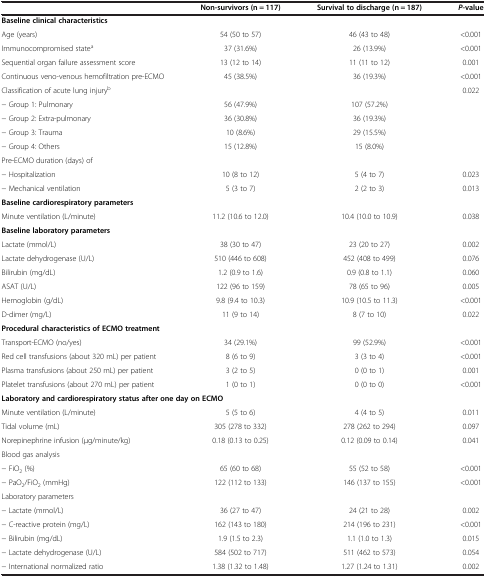
<table><thead><tr><td><b> </b></td><td><b>Non-survivors (n = 117)</b></td><td><b>Survival to discharge (n = 187)</b></td><td><b><i>P</i>-value</b></td></tr></thead><tbody><tr><td><b>Baseline clinical characteristics</b></td><td> </td><td> </td><td> </td></tr><tr><td>Age (years)</td><td>54 (50 to 57)</td><td>46 (43 to 48)</td><td>&lt;0.001</td></tr><tr><td>Immunocompromised state<sup>a</sup></td><td>37 (31.6%)</td><td>26 (13.9%)</td><td>&lt;0.001</td></tr><tr><td>Sequential organ failure assessment score</td><td>13 (12 to 14)</td><td>11 (11 to 12)</td><td>0.001</td></tr><tr><td>Continuous veno-venous hemofiltration pre-ECMO</td><td>45 (38.5%)</td><td>36 (19.3%)</td><td>&lt;0.001</td></tr><tr><td>Classification of acute lung injury<sup>b</sup></td><td> </td><td> </td><td>0.022</td></tr><tr><td>- Group 1: Pulmonary</td><td>56 (47.9%)</td><td>107 (57.2%)</td><td> </td></tr><tr><td>- Group 2: Extra-pulmonary</td><td>36 (30.8%)</td><td>36 (19.3%)</td><td> </td></tr><tr><td>- Group 3: Trauma</td><td>10 (8.6%)</td><td>29 (15.5%)</td><td> </td></tr><tr><td>- Group 4: Others</td><td>15 (12.8%)</td><td>15 (8.0%)</td><td> </td></tr><tr><td>Pre-ECMO duration (days) of</td><td> </td><td> </td><td> </td></tr><tr><td>- Hospitalization</td><td>10 (8 to 12)</td><td>5 (4 to 7)</td><td>0.023</td></tr><tr><td>- Mechanical ventilation</td><td>5 (3 to 7)</td><td>2 (2 to 3)</td><td>0.013</td></tr><tr><td colspan="4"><b>Baseline cardiorespiratory parameters</b></td></tr><tr><td>Minute ventilation (L/minute)</td><td>11.2 (10.6 to 12.0)</td><td>10.4 (10.0 to 10.9)</td><td>0.038</td></tr><tr><td colspan="4"><b>Baseline laboratory parameters</b></td></tr><tr><td>Lactate (mmol/L)</td><td>38 (30 to 47)</td><td>23 (20 to 27)</td><td>0.002</td></tr><tr><td>Lactate dehydrogenase (U/L)</td><td>510 (446 to 608)</td><td>452 (408 to 499)</td><td>0.076</td></tr><tr><td>Bilirubin (mg/dL)</td><td>1.2 (0.9 to 1.6)</td><td>0.9 (0.8 to 1.1)</td><td>0.060</td></tr><tr><td>ASAT (U/L)</td><td>122 (96 to 159)</td><td>78 (65 to 96)</td><td>0.005</td></tr><tr><td>Hemoglobin (g/dL)</td><td>9.8 (9.4 to 10.3)</td><td>10.9 (10.5 to 11.3)</td><td>&lt;0.001</td></tr><tr><td>D-dimer (mg/L)</td><td>11 (9 to 14)</td><td>8 (7 to 10)</td><td>0.022</td></tr><tr><td colspan="4"><b>Procedural characteristics of ECMO treatment</b></td></tr><tr><td>Transport-ECMO (no/yes)</td><td>34 (29.1%)</td><td>99 (52.9%)</td><td>&lt;0.001</td></tr><tr><td>Red cell transfusions (about 320 mL) per patient</td><td>8 (6 to 9)</td><td>3 (3 to 4)</td><td>&lt;0.001</td></tr><tr><td>Plasma transfusions (about 250 mL) per patient</td><td>3 (2 to 5)</td><td>0 (0 to 1)</td><td>0.001</td></tr><tr><td>Platelet transfusions (about 270 mL) per patient</td><td>1 (0 to 1)</td><td>0 (0 to 0)</td><td>&lt;0.001</td></tr><tr><td colspan="4"><b>Laboratory and cardiorespiratory status after one day on ECMO</b></td></tr><tr><td>Minute ventilation (L/minute)</td><td>5 (5 to 6)</td><td>4 (4 to 5)</td><td>0.011</td></tr><tr><td>Tidal volume (mL)</td><td>305 (278 to 332)</td><td>278 (262 to 294)</td><td>0.097</td></tr><tr><td>Norepinephrine infusion (μg/minute/kg)</td><td>0.18 (0.13 to 0.25)</td><td>0.12 (0.09 to 0.14)</td><td>0.041</td></tr><tr><td>Blood gas analysis</td><td> </td><td> </td><td> </td></tr><tr><td>- FiO<sub>2</sub> (%)</td><td>65 (60 to 68)</td><td>55 (52 to 58)</td><td>&lt;0.001</td></tr><tr><td>- PaO<sub>2</sub>/FiO<sub>2</sub> (mmHg)</td><td>122 (112 to 133)</td><td>146 (137 to 155)</td><td>&lt;0.001</td></tr><tr><td>Laboratory parameters</td><td> </td><td> </td><td> </td></tr><tr><td>- Lactate (mmol/L)</td><td>36 (27 to 47)</td><td>24 (21 to 28)</td><td>0.002</td></tr><tr><td>- C-reactive protein (mg/L)</td><td>162 (143 to 180)</td><td>214 (196 to 231)</td><td>&lt;0.001</td></tr><tr><td>- Bilirubin (mg/dL)</td><td>1.9 (1.5 to 2.3)</td><td>1.1 (1.0 to 1.3)</td><td>0.015</td></tr><tr><td>- Lactate dehydrogenase (U/L)</td><td>584 (502 to 717)</td><td>511 (462 to 573)</td><td>0.054</td></tr><tr><td>- International normalized ratio</td><td>1.38 (1.32 to 1.48)</td><td>1.27 (1.24 to 1.31)</td><td>0.002</td></tr></tbody></table>